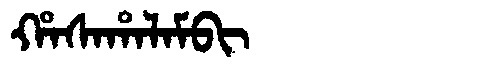
Manchu: ᡥᠠᠰᠠᡥᠠᠯᠠᠮᠪᡳ
Romanization: HASAHALAMBI